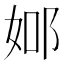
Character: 𨚴